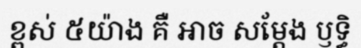
ខ្ពស់ ៥យ៉ាង គឺ ឤច សម្តែង ឫទ្ធិ